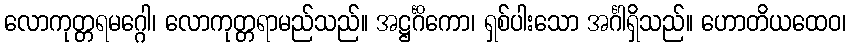
လောကုတ္တရမဂ္ဂေါ၊ လောကုတ္တရာမည်သည်။ အဋ္ဌင်္ဂိကော၊ ရှစ်ပါးသော အင်္ဂါရှိသည်။ ဟောတိယထေဝ၊